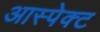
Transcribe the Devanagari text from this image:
आस्पेक्ट